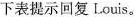
下表提示回复Louis。